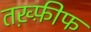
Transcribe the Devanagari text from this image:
तख़्फ़ीफ